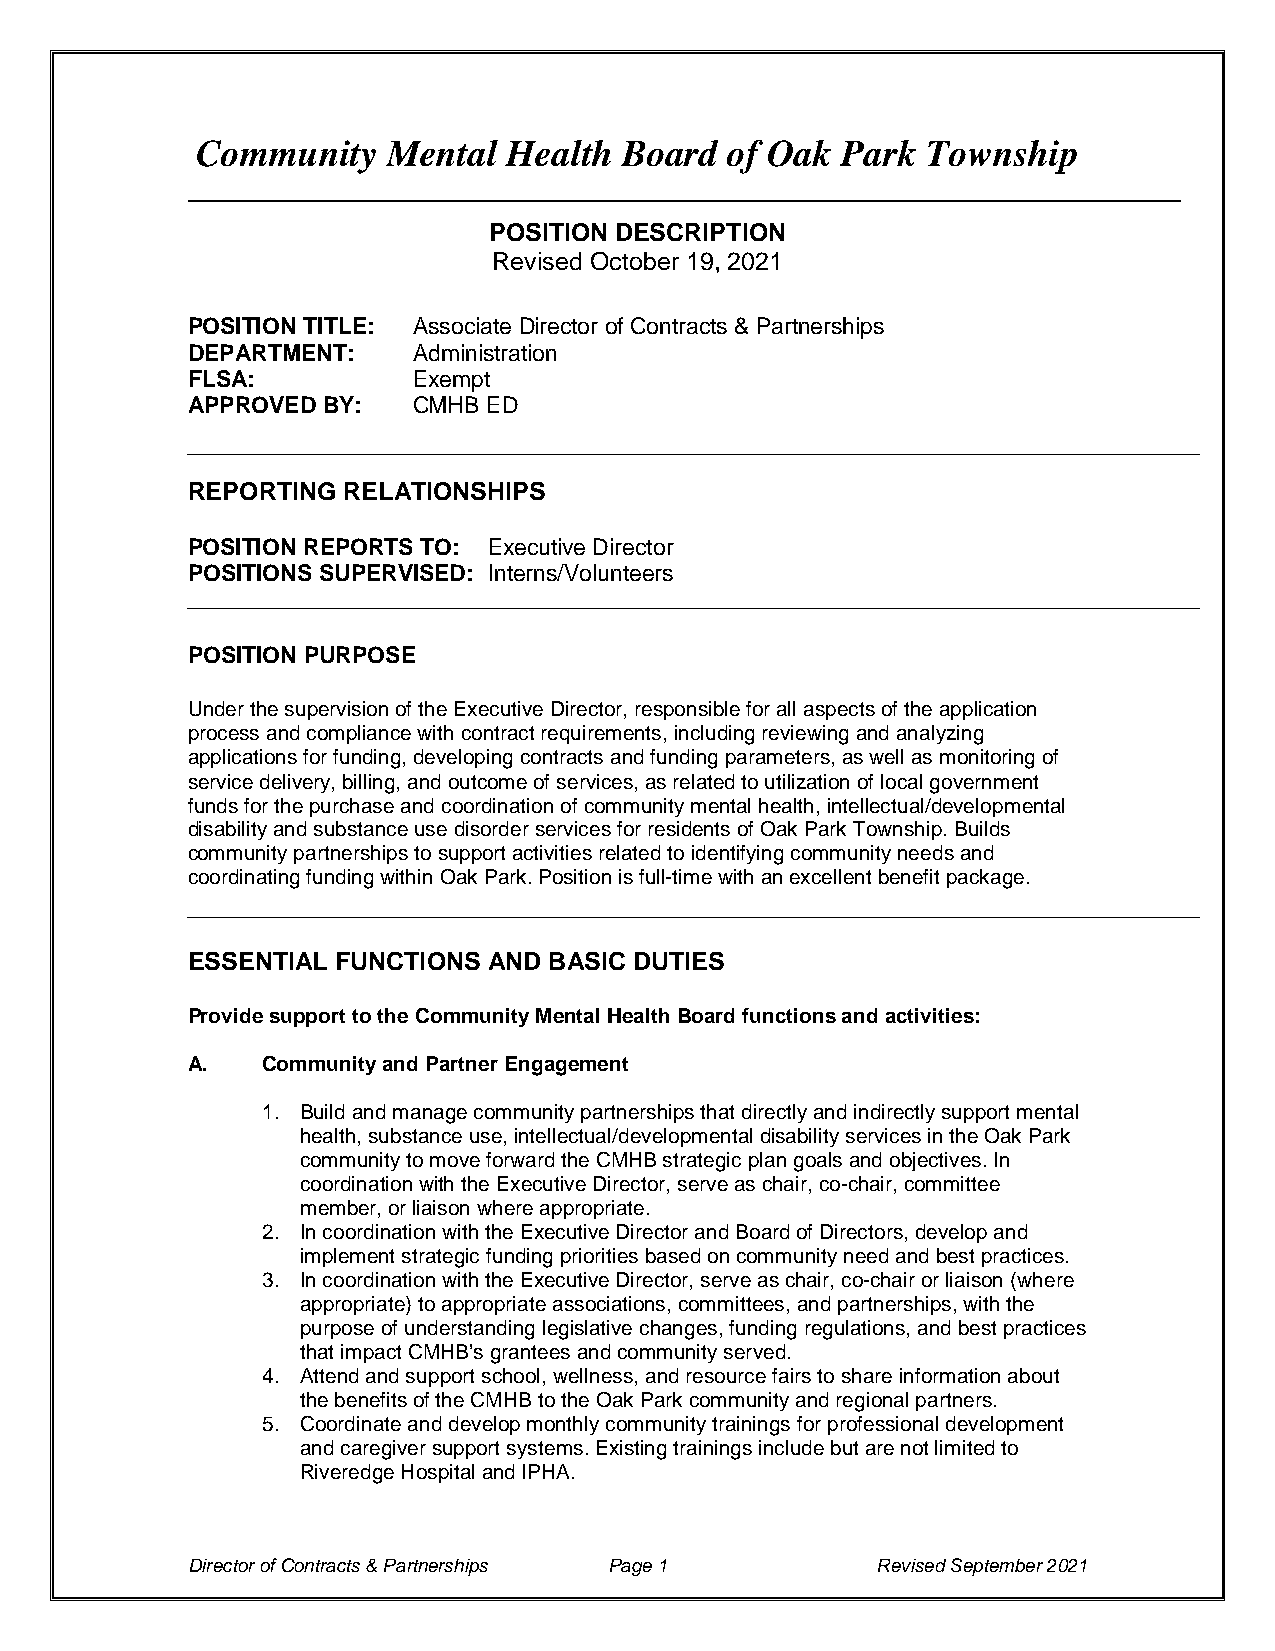
Community    Mental  Health Board  of Oak  Park Township
 POSITION DESCRIPTION
 Revised October 19, 2021
 POSITION TITLE: Associate Director of Contracts & Partnerships
 DEPARTMENT:    Administration
 FLSA:          Exempt
 APPROVED BY:   CMHB ED
 REPORTING  RELATIONSHIPS
 POSITION REPORTS TO: Executive Director
 POSITIONS SUPERVISED: Interns/Volunteers
 POSITION PURPOSE
 Under the supervision of the Executive Director, responsible for all aspects of the application
 process and compliance with contract requirements, including reviewing and analyzing
 applications for funding, developing contracts and funding parameters, as well as monitoring of
 service delivery, billing, and outcome of services, as related to utilization of local government
 funds for the purchase and coordination of community mental health, intellectual/developmental
 disability and substance use disorder services for residents of Oak Park Township. Builds
 community partnerships to support activities related to identifying community needs and
 coordinating funding within Oak Park. Position is full-time with an excellent benefit package.
 ESSENTIAL FUNCTIONS AND BASIC DUTIES
 Provide support to the Community Mental Health Board functions and activities:
 A.   Community and Partner Engagement
 1. Build and manage community partnerships that directly and indirectly support mental
 health, substance use, intellectual/developmental disability services in the Oak Park
 community to move forward the CMHB strategic plan goals and objectives. In
 coordination with the Executive Director, serve as chair, co-chair, committee
 member, or liaison where appropriate.
 2. In coordination with the Executive Director and Board of Directors, develop and
 implement strategic funding priorities based on community need and best practices.
 3. In coordination with the Executive Director, serve as chair, co-chair or liaison (where
 appropriate) to appropriate associations, committees, and partnerships, with the
 purpose of understanding legislative changes, funding regulations, and best practices
 that impact CMHB’s grantees and community served.
 4. Attend and support school, wellness, and resource fairs to share information about
 the benefits of the CMHB to the Oak Park community and regional partners.
 5. Coordinate and develop monthly community trainings for professional development
 and caregiver support systems. Existing trainings include but are not limited to
 Riveredge Hospital and IPHA.
 Director of Contracts & Partnerships Page 1   Revised September 2021